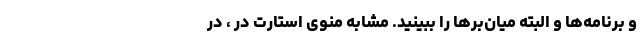
و برنامه‌ها و البته میان‌برها را ببینید. مشابه منوی استارت در ، در